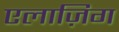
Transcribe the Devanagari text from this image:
एलाज़िग